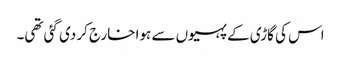
اس کی گاڑی کے پہیوں سے ہوا خارج کر دی گئی تھی۔